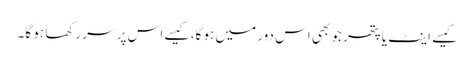
کیسے اینٹ یا پتھر جو بھی اس دور میں ہو گا، کیسے اس پر سر رکھا ہو گا۔